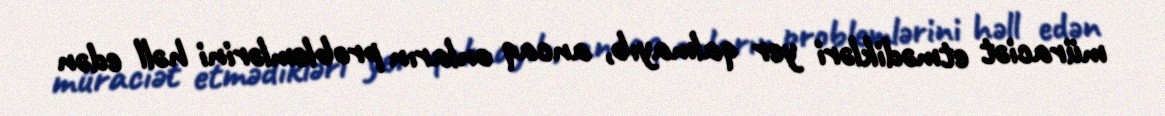
müraciət etmədikləri yer qalmayıb, ancaq onların problemlərini həll edən